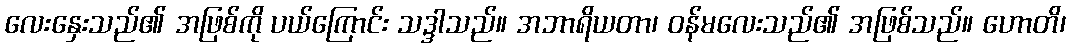
လေးနှေးသည်၏ အဖြစ်ကို ပယ်ကြောင်း သဒ္ဒါသည်။ အဘာရိယတာ၊ ဝန်မလေးသည်၏ အဖြစ်သည်။ ဟောတိ၊